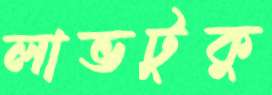
লাভটুকু